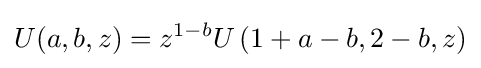
U(a,b,z)=z^{1-b}U\left(1+a-b,2-b,z\right)